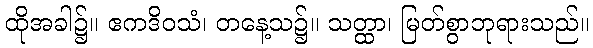
ထိုအခါ၌။ ဧကဒိဝသံ၊ တနေ့သ၌။ သတ္ထာ၊ မြတ်စွာဘုရားသည်။